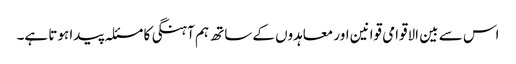
اس سے بین الاقوامی قوانین اور معاہدوں کے ساتھ ہم آہنگی کا مسئلہ پیدا ہوتا ہے۔